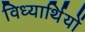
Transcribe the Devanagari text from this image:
विध्यार्थियों